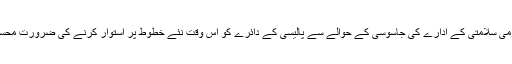
امریکی قومی سلامتی کے ادارے کی جاسوسی کے حوالے سے پالیسی کے دائرے کو اس وقت نئے خطوط پر استوار کرنے کی ضرورت محسوس ہوئی۔